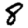
Digit: 8